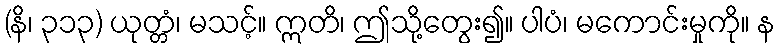
(နိ၊ ၃၁၃) ယုတ္တံ၊ မသင့်။ ဣတိ၊ ဤသို့တွေး၍။ ပါပံ၊ မကောင်းမှုကို။ န